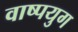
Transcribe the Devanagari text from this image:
वाष्पयुग